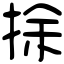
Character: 捈